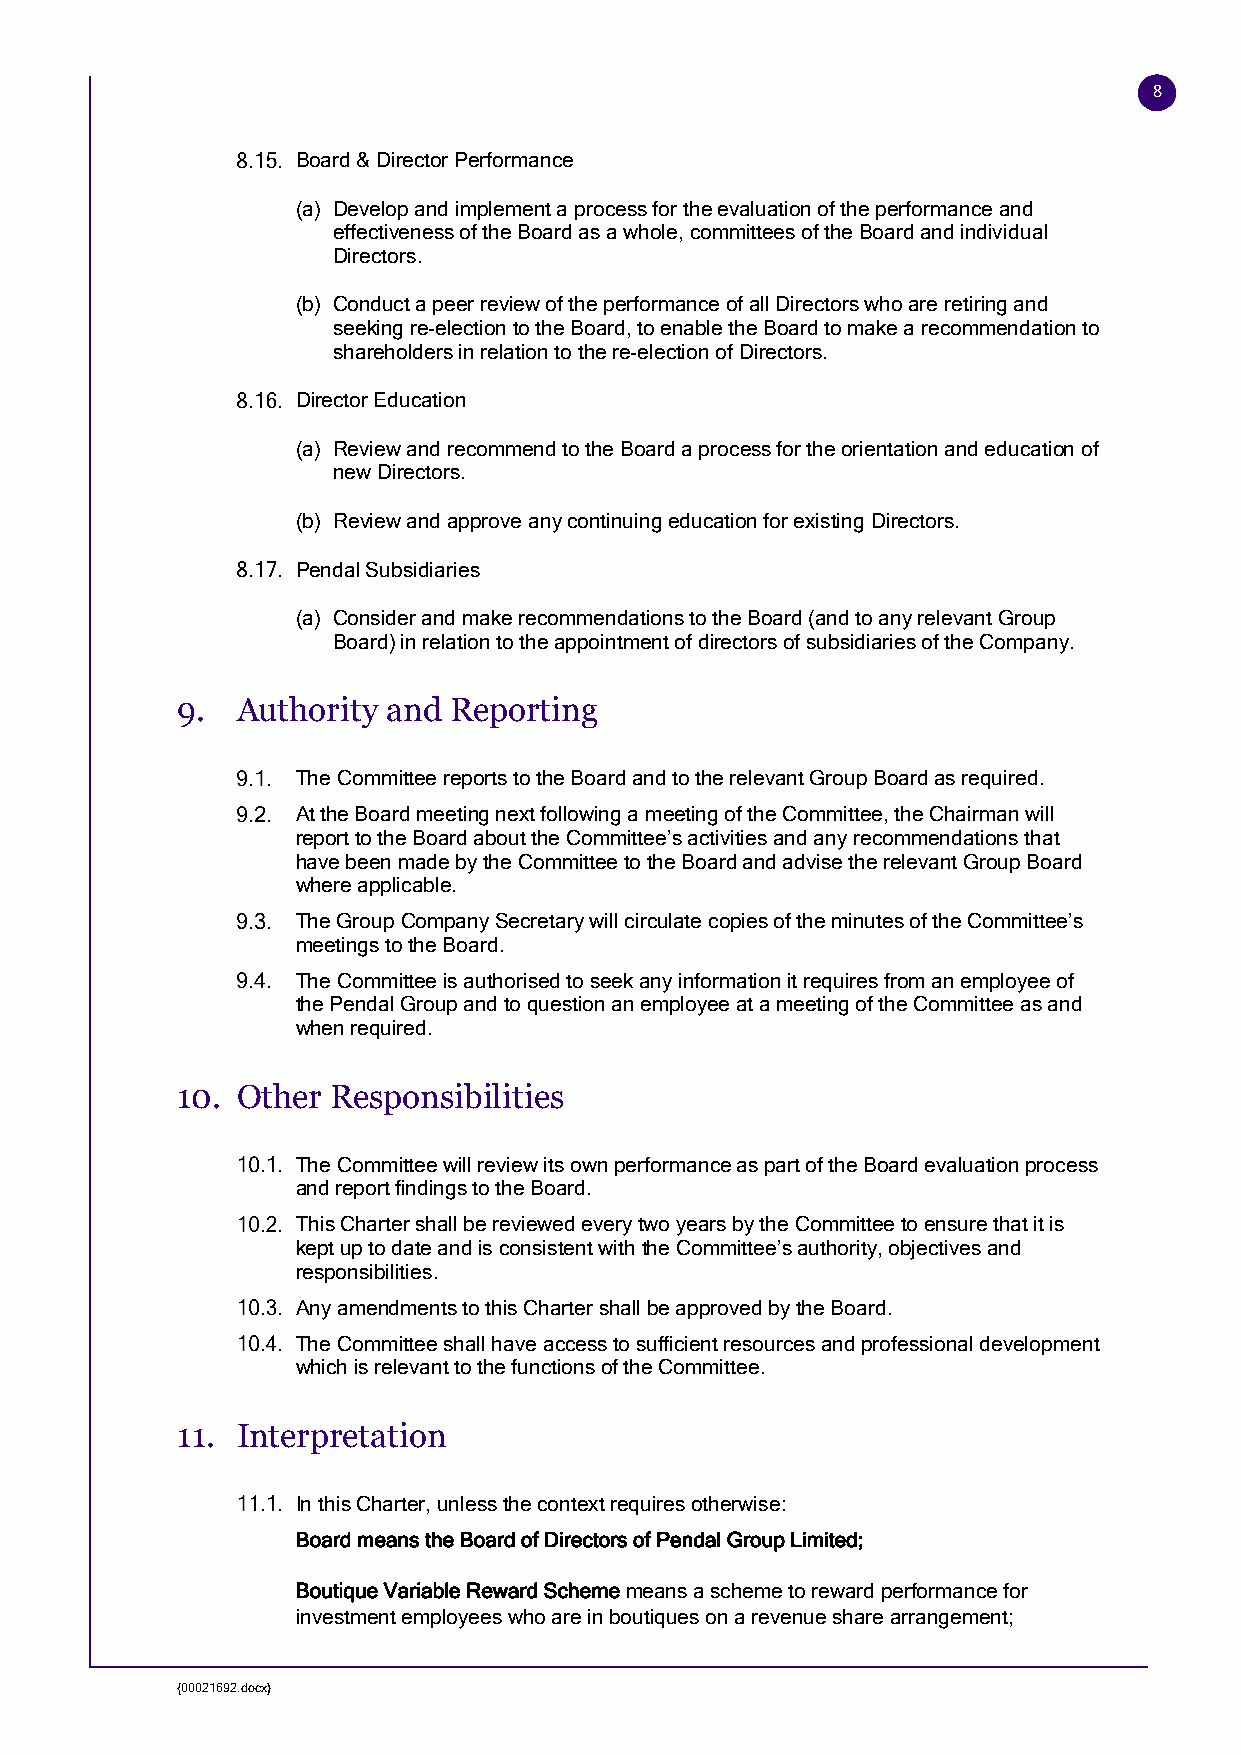
8
 Board & Director Performance
 (a) Develop and implement a process for the evaluation of the performance and
 effectiveness of the Board as a whole, committees of the Board and individual
 Directors.
 (b) Conduct a peer review of the performance of all Directors who are retiring and
 seeking re-election to the Board, to enable the Board to make a recommendation to
 shareholders in relation to the re-election of Directors.
 Director Education
 (a) Review and recommend to the Board a process for the orientation and education of
 new Directors.
 (b) Review and approve any continuing education for existing Directors.
 Pendal Subsidiaries
 (a) Consider and make recommendations to the Board (and to any relevant Group
 Board) in relation to the appointment of directors of subsidiaries of the Company.
 9.  Authority and Reporting
 The Committee reports to the Board and to the relevant Group Board as required.
 At the Board meeting next following a meeting of the Committee, the Chairman will
 report to the Board about the Committee’s activities and any recommendations that
 have been made by the Committee to the Board and advise the relevant Group Board
 where applicable.
 The Group Company Secretary will circulate copies of the minutes of the Committee’s
 meetings to the Board.
 The Committee is authorised to seek any information it requires from an employee of
 the Pendal Group and to question an employee at a meeting of the Committee as and
 when required.
 10. Other Responsibilities
 The Committee will review its own performance as part of the Board evaluation process
 and report findings to the Board.
 This Charter shall be reviewed every two years by the Committee to ensure that it is
 kept up to date and is consistent with the Committee’s authority, objectives and
 responsibilities.
 Any amendments to this Charter shall be approved by the Board.
 The Committee shall have access to sufficient resources and professional development
 which is relevant to the functions of the Committee.
 11. Interpretation
 In this Charter, unless the context requires otherwise:
 Board means the Board of Directors of Pendal Group Limited;
 Boutique Variable Reward Scheme means a scheme to reward performance for
 investment employees who are in boutiques on a revenue share arrangement;
 {00021692.docx}